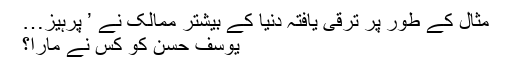
مثال کے طور پر ترقی یافتہ دنیا کے بیشتر ممالک نے ’ پرہیز…
یوسف حسن کو کس نے مارا؟